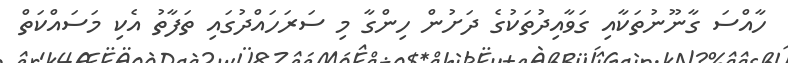
ހާއްސަ ގާނޫނުތަކާއި ގަވާއިދުތަކުގެ ދަށުން ހިންގާ މި ސަރަހައްދުގައި ތަފާތު އެކި މަސައްކަތް